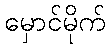
မှောင်မိုက်